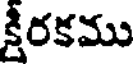
క్షీరకము